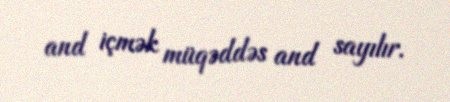
and içmək müqəddəs and sayılır.